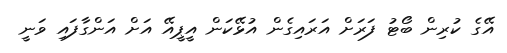
އޭގެ ކުރިން ބޯޓު ފަރަށް އަރައިގެން އުޅޭކަން އީޕީއޭ އަށް އަންގާފައި ވަނީ